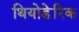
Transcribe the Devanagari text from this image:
थियोडेरिक